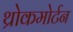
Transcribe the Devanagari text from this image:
थ्रोकमोर्टन